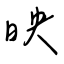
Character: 映